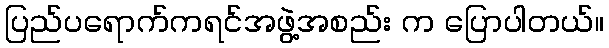
ပြည်ပရောက်ကရင်အဖွဲ့အစည်း က ပြောပါတယ်။